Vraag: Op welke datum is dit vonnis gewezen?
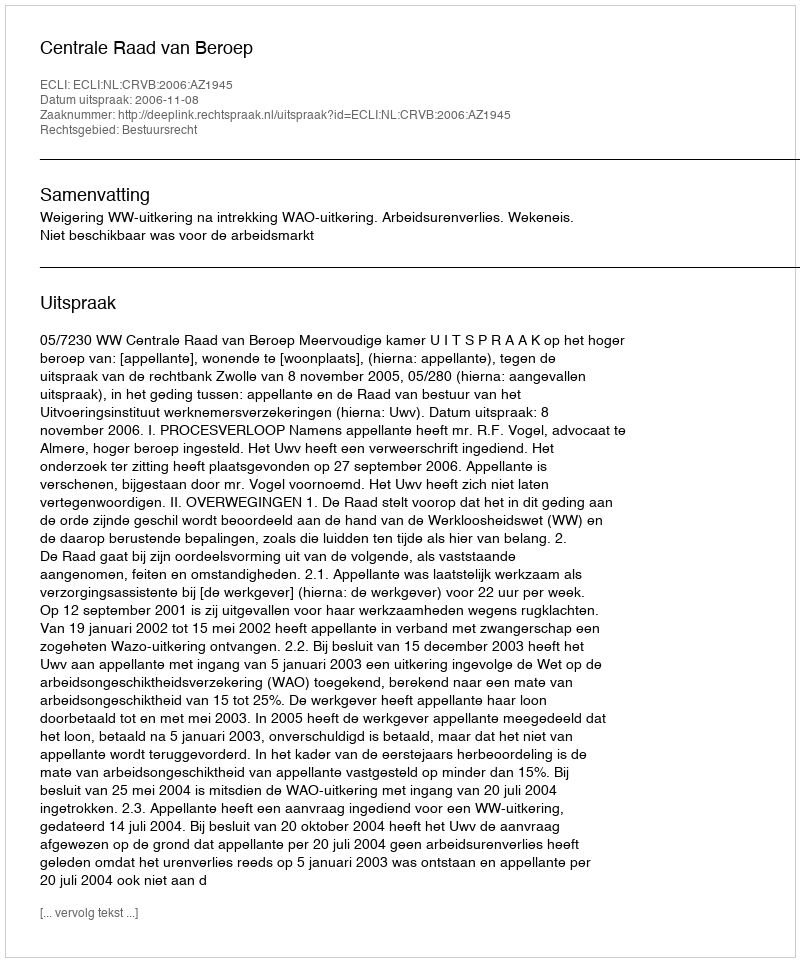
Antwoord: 2006-11-08